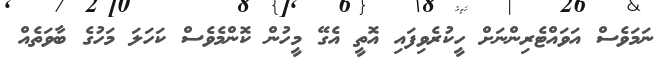
ނަމަވެސް އަވައްޓެރިންނަށް ހީކުރެވިފައި އޮތީ އެގޭ މީހުން ކޮންމެވެސް ކަހަލަ މަހުގެ ބާވަތެއް